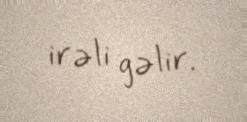
irəli gəlir.